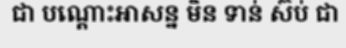
ជា បណ្តោះអាសន្ន មិន ទាន់ ស៊ប់ ជា